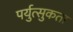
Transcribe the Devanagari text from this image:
पर्युत्सुकता